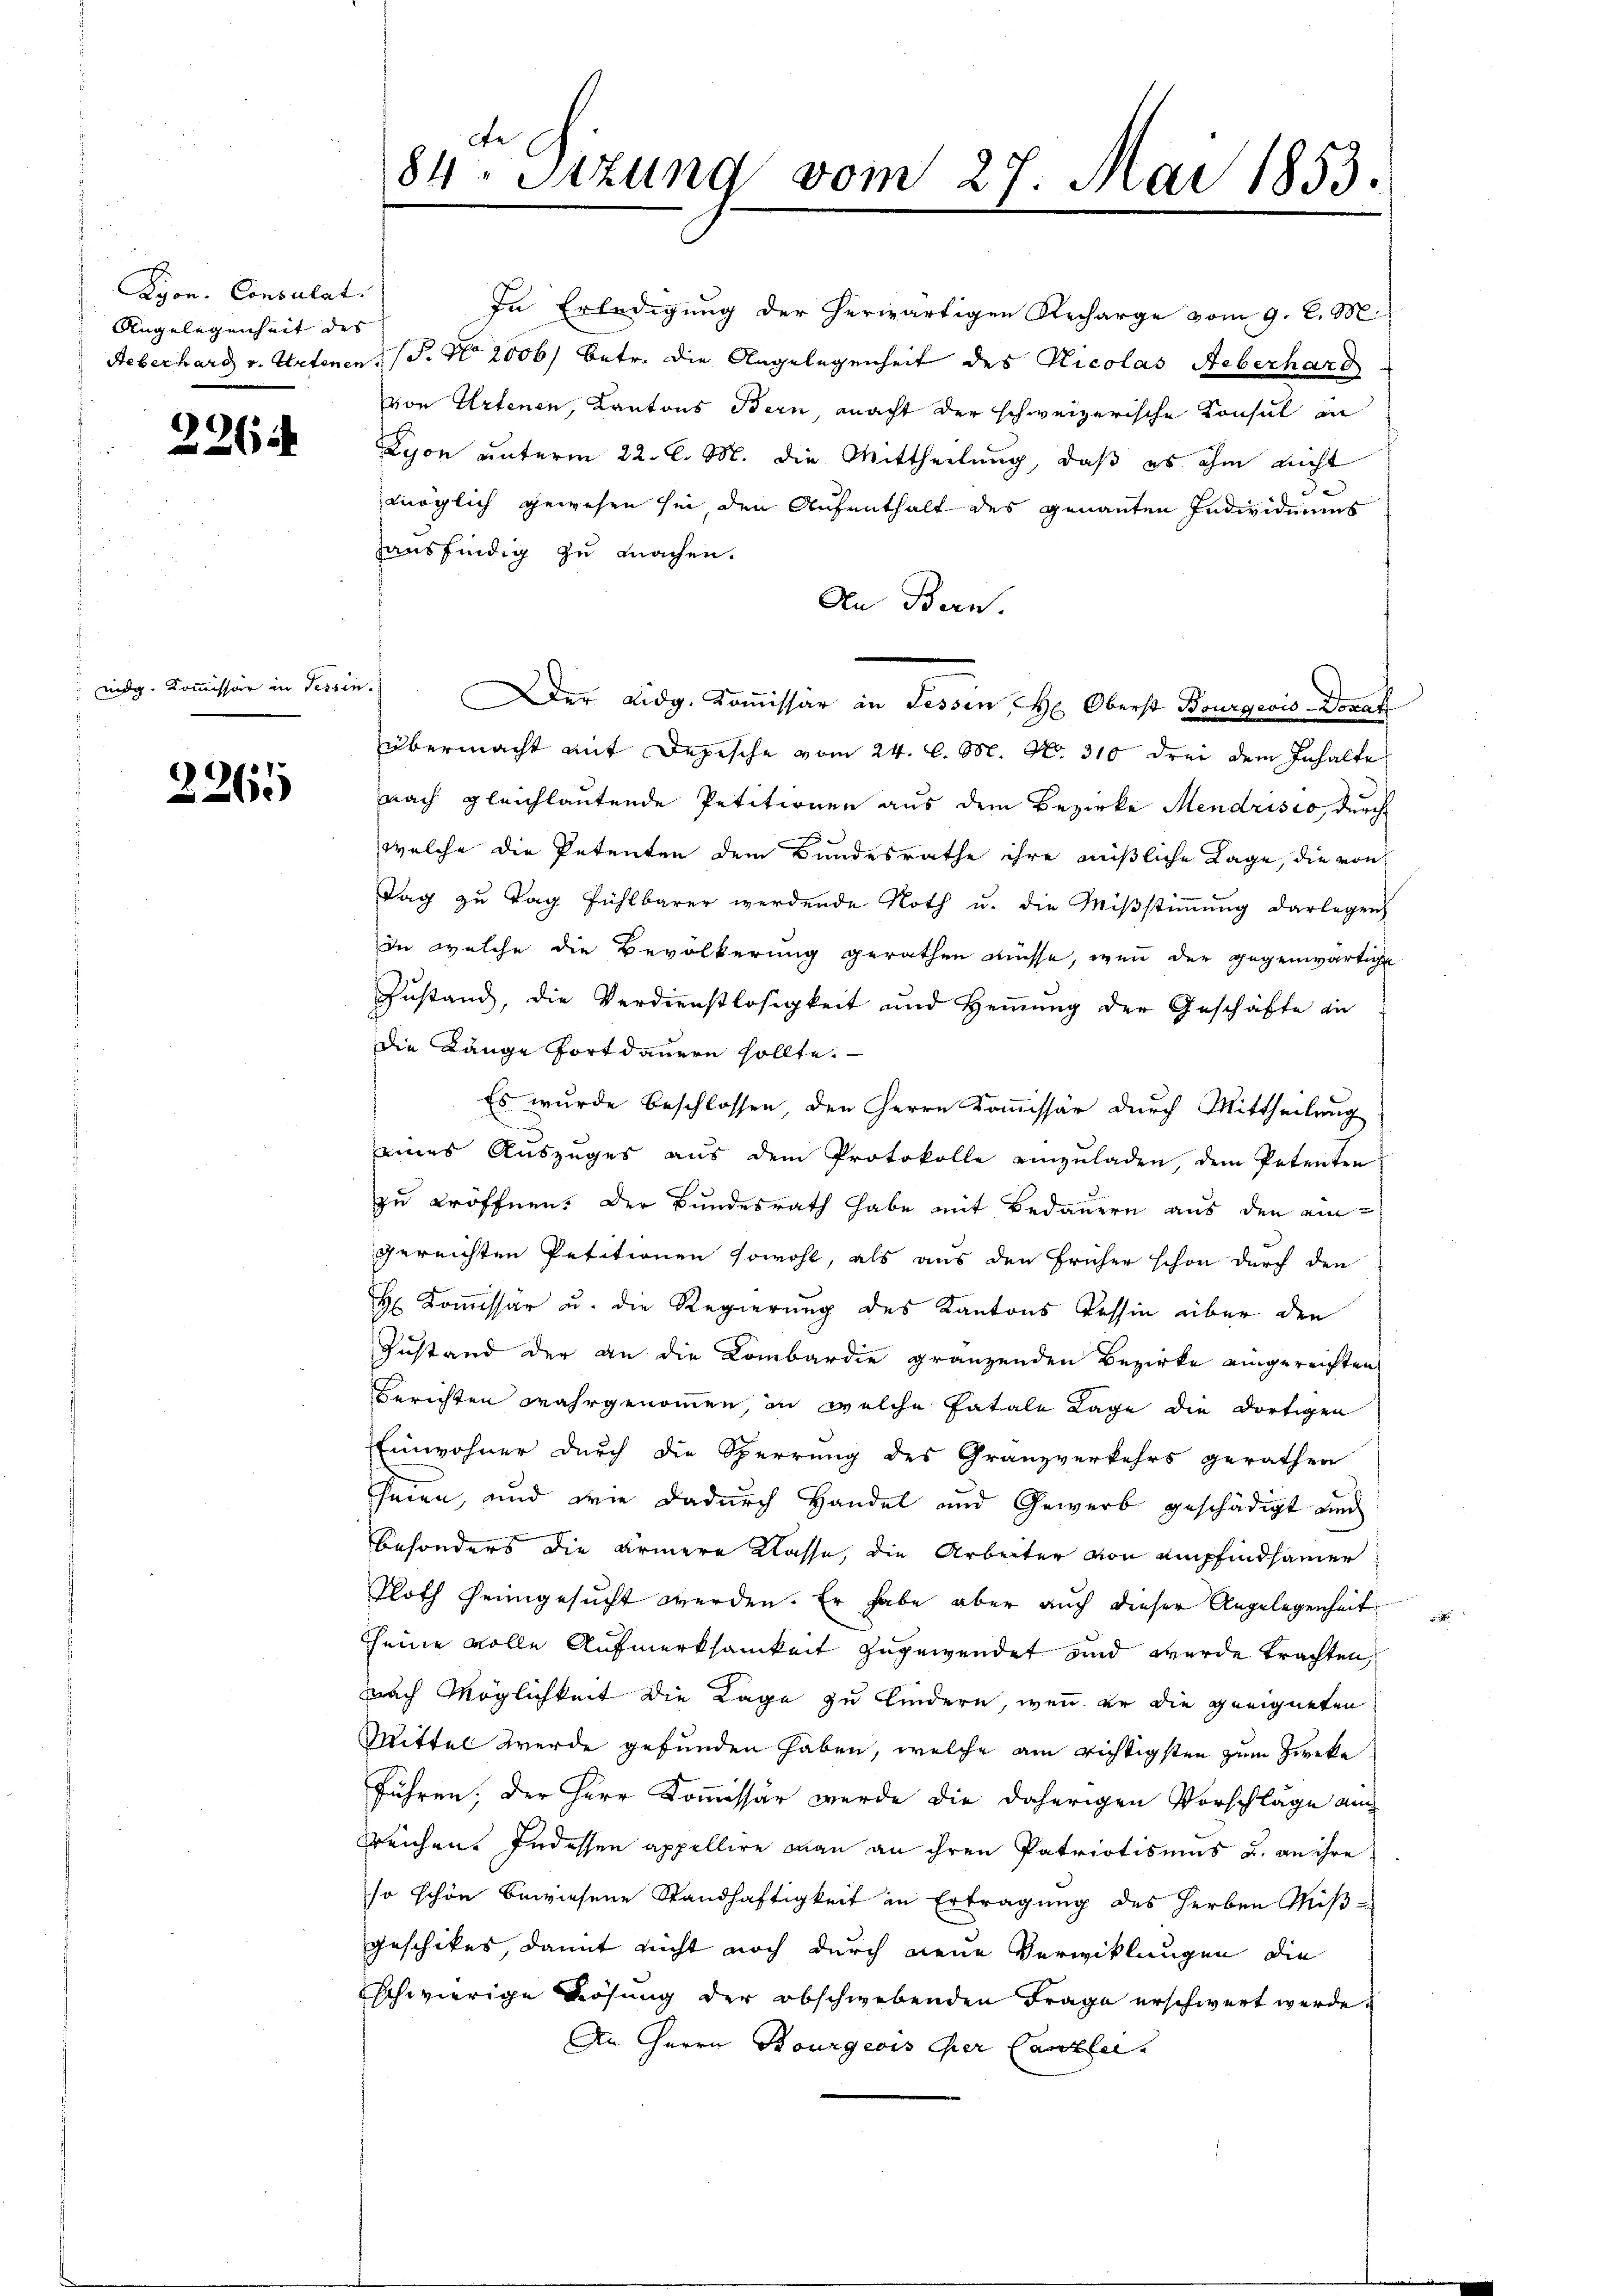
Kyon. Consulat
Angelegenheit des |

226

eidg. Kommissär in Tessin.

2265

te
84. Sitzung vom 27. Mai 1853.

In Erledigung der herwärtigen Recharge vom 9. l. M.
Aeberhard v. Artenen (S. No 2006) betr. die Angelegenheit des Nicolas Aeberhard
von Artenen, Kantons Bern, macht der schweizerische Konsul an
Lyon unterm 22. l. M. die Mittheilung, daß es ihm nicht
möglich gewesen sei, den Aufenthalt des genannten Individuums
hausfindig zu machen.
An Bern.
übermacht mit Depesche vom 24. d. M. No. 310 drei dem Inhalte
nach gleichlautende Petitionen aus dem Bezirke Mendrisco, durch
welche die Petenten dem Bundesrathe ihre mißliche Lage, die von
Tag zu Tag fühlbarer werdende Noth u. die Miβstiṁŭng darlegen
In welche die Bevölkerung gerathen müsse, wenn der gegenwärtige
Zustand, die Verdienstlosigkeit und Hemmung der Geschäfte an
die Länge fortdauern sollte.
Es wurde beschlossen, den Herrn Kommissär durch Mittheilung
eines Auszuges aus dem Protokolle einzŭladen, dem Petenten
zu eröffnen. Der Bundesrath habe mit Bedauern aus den ein-
gereichten Petitionen sowohl, als aus den früher schon durch den
H Kommissär u. die Regierung des Kantons Tessin über den
Zustand der an die Lombardie gränzenden Bezirke eingereichten
Berichten wahrgenommen, in welche fatale Lage die dortigen
Einwohner durch die Sperrung des Granzverkehrs gerathen
heien, und wie dadurch Handel und Gewerb geschädigt un
besonders die ärmere Klasse, die Arbeiter von empfindsamer
Ploth heimgesucht werden. Er habe aber auch dieser Angelegenheit
keine volle Aufmerksamkeit zugewendet und werde trachten,
nach Möglichkeit die Lage zu Kindern, wenn er die geeigneten
Mittel werde gefunden haben, welche am richtigsten zum Zweke
führen, der Herr Kommissär wurde die daherigen Vorschläge auch
reichen. Indessen appellire man an ihren Patriotisums u. an ihre
so schon bewiesene Standhaftigkeit in Ertragung des Herben Miß-
geschikes, damit nicht noch durch neue Verwicklungen die
schwierige Lösung der obschwebenden Frage erschwert werde.
An Herrn Bourgeois Gier Canzler.

Der Eidg. Kommissär in Tessin, H. Oberst Bourgeois Donat